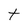
Character: t